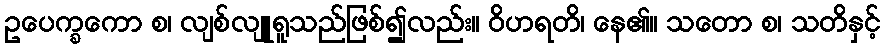
ဥပေက္ခကော စ၊ လျစ်လျူရူသည်ဖြစ်၍လည်း။ ဝိဟရတိ၊ နေ၏။ သတော စ၊ သတိနှင့်